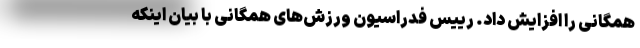
همگانی را افزایش داد. رییس فدراسیون ورزش‌های همگانی با بیان اینکه